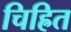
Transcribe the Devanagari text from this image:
चिह्रित